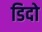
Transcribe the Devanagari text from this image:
डिदो